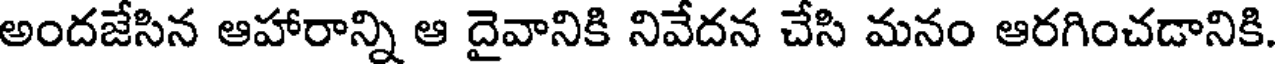
అందజేసిన ఆహారాన్ని ఆ దైవానికి నివేదన చేసి మనం ఆరగించడానికి